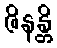
ဇိနန္တိ